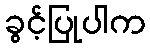
ခွင့်ပြုပါက